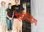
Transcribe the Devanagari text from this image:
रेकॉडिंग